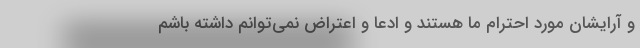
و آرایشان مورد احترام ما هستند و ادعا و اعتراض نمی‌توانم داشته باشم